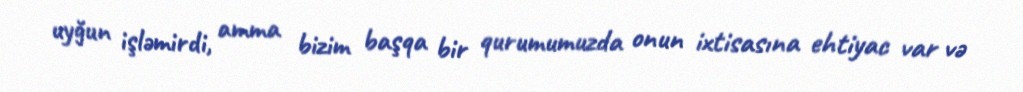
uyğun işləmirdi, amma bizim başqa bir qurumumuzda onun ixtisasına ehtiyac var və